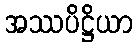
အဿပိဋ္ဌိယာ